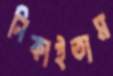
নিকাইতাম